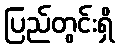
ပြည်တွင်းရှိ